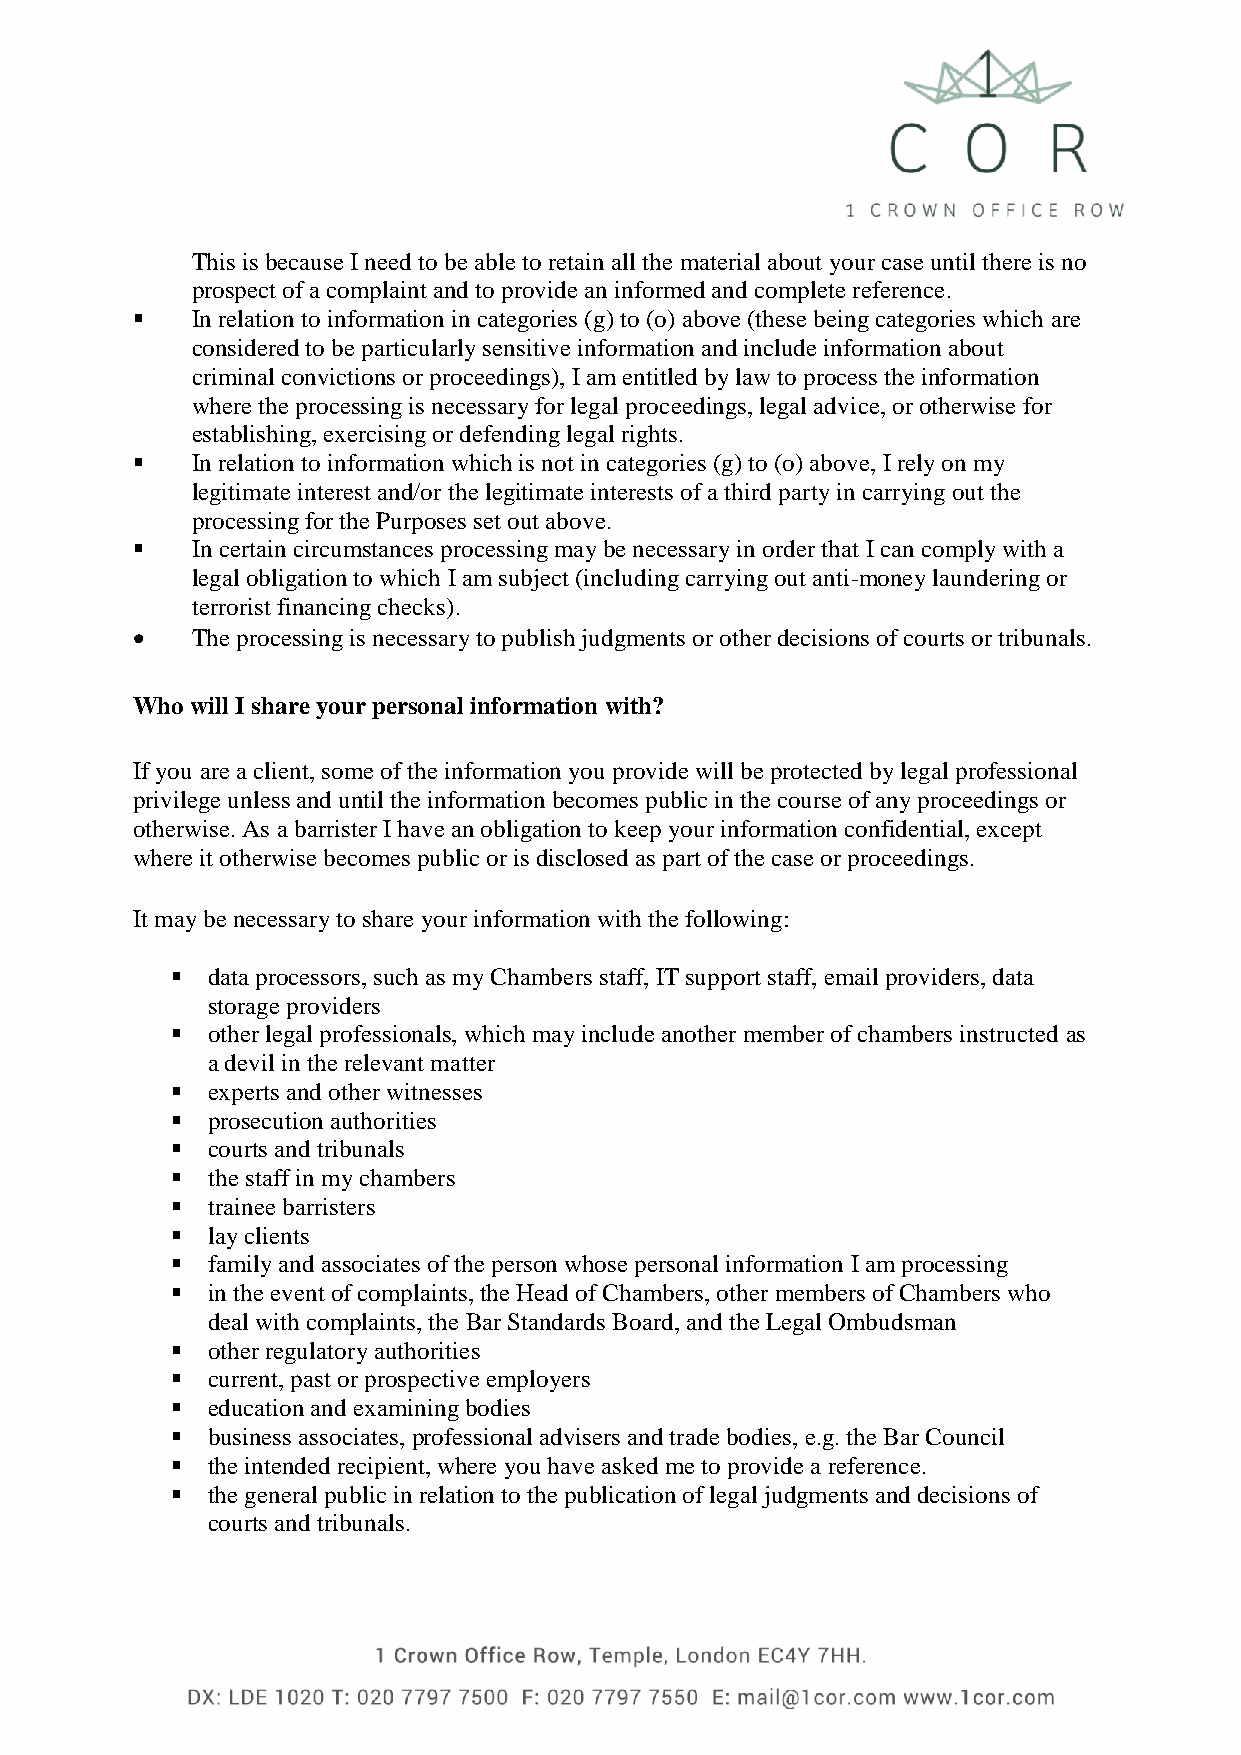
0
 0
 0
 0
 0
 This is because I need to be able to retain all the material about your case until there is no
 prospect of a complaint and to provide an informed and complete reference.
 ▪   In relation to information in categories (g) to (o) above (these being categories which are
 considered to be particularly sensitive information and include information about
 criminal convictions or proceedings), I am entitled by law to process the information
 where the processing is necessary for legal proceedings, legal advice, or otherwise for
 establishing, exercising or defending legal rights.
 ▪   In relation to information which is not in categories (g) to (o) above, I rely on my
 legitimate interest and/or the legitimate interests of a third party in carrying out the
 processing for the Purposes set out above.
 ▪   In certain circumstances processing may be necessary in order that I can comply with a
 legal obligation to which I am subject (including carrying out anti-money laundering or
 terrorist financing checks).
 •   The processing is necessary to publish judgments or other decisions of courts or tribunals.
 Who will I share your personal information with?
 If you are a client, some of the information you provide will be protected by legal professional
 privilege unless and until the information becomes public in the course of any proceedings or
 otherwise. As a barrister I have an obligation to keep your information confidential, except
 where it otherwise becomes public or is disclosed as part of the case or proceedings.
 It may be necessary to share your information with the following:
 ▪  data processors, such as my Chambers staff, IT support staff, email providers, data
 storage providers
 ▪  other legal professionals, which may include another member of chambers instructed as
 a devil in the relevant matter
 ▪  experts and other witnesses
 ▪  prosecution authorities
 ▪  courts and tribunals
 ▪  the staff in my chambers
 ▪  trainee barristers
 ▪  lay clients
 ▪  family and associates of the person whose personal information I am processing
 ▪  in the event of complaints, the Head of Chambers, other members of Chambers who
 deal with complaints, the Bar Standards Board, and the Legal Ombudsman
 ▪  other regulatory authorities
 ▪  current, past or prospective employers
 ▪  education and examining bodies
 ▪  business associates, professional advisers and trade bodies, e.g. the Bar Council
 ▪  the intended recipient, where you have asked me to provide a reference.
 ▪  the general public in relation to the publication of legal judgments and decisions of
 courts and tribunals.